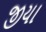
જીયા